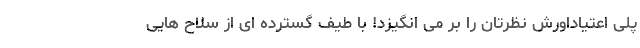
پلی اعتیاداورش نظرتان را بر می انگیزد! با طیف گسترده ای از سلاح هایی